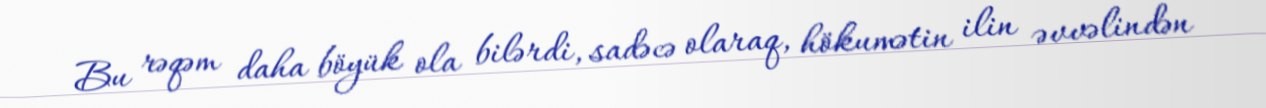
Bu rəqəm daha böyük ola bilərdi, sadəcə olaraq, hökumətin ilin əvvəlindən